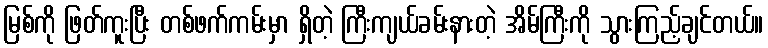
မြစ်ကို ဖြတ်ကူးပြီး တစ်ဖက်ကမ်းမှာ ရှိတဲ့ ကြီးကျယ်ခမ်းနားတဲ့ အိမ်ကြီးကို သွားကြည့်ချင်တယ်။